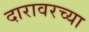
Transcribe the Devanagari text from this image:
दारावरच्या